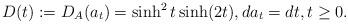
LaTeX: \begin{align*}D(t):=D_{A}(a_t)=\sinh^2 t\sinh (2t),da_t=dt, t\geq 0.\end{align*}